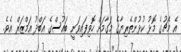
އެ މެޗުގެ މޮޅު ކުޅުންތެރިޔާގެ މަގާމަށް ހޮވިފައިވަނީ ބައުސްގެ އަބްދު އަމްޒަރް އެވެ.